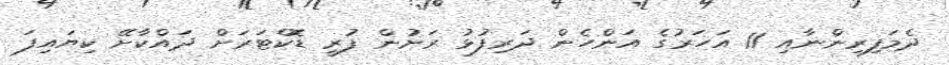
ދެމަފިރިންނާއި 11 އަހަރުގެ އަންހެން ދަރިފުޅު ރަށުން ފުރީ ޑޮކްޓަރަށް ދައްކާށޭ ކިޔައިފަ